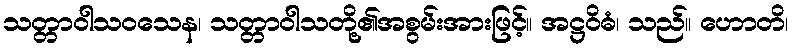
သတ္တာဝါသဝသေန၊ သတ္တာဝါသတို့၏အစွမ်းအားဖြင့်။ အဋ္ဌဝိဓံ၊ သည်။ ဟောတိ၊